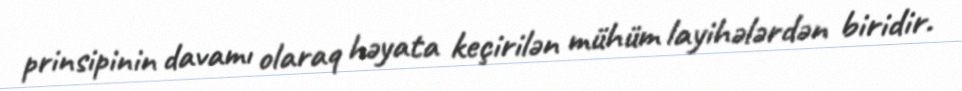
prinsipinin davamı olaraq həyata keçirilən mühüm layihələrdən biridir.